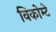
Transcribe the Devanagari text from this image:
विकोम्‍टे